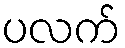
ပလက်